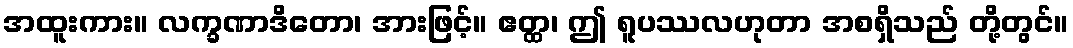
အထူးကား။ လက္ခဏာဒိတော၊ အားဖြင့်။ ဧတ္ထ၊ ဤ ရူပဿလဟုတာ အစရှိသည် တို့တွင်။